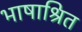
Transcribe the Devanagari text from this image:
भाषाश्रित